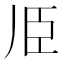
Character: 𱼧